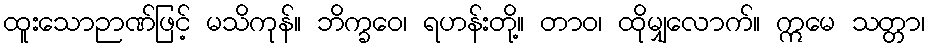
ထူးသောဉာဏ်ဖြင့် မသိကုန်။ ဘိက္ခဝေ၊ ရဟန်းတို့။ တာဝ၊ ထိုမျှလောက်။ ဣမေ သတ္တာ၊